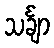
သင်္ချာ